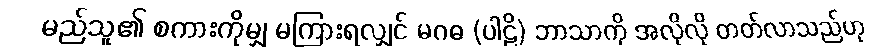
မည်သူ၏ စကားကိုမျှ မကြားရလျှင် မဂဓ (ပါဠိ) ဘာသာကို အလိုလို တတ်လာသည်ဟု